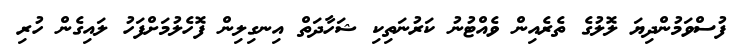
ފުސްވަމުންދިޔަ ލޮލުގެ ތެރެއިން ވެއްޓުނު ކަރުނަތިކި ޝަހާދަތް އިނގިލިން ފޮހެލުމަށްފަހު ލައިގެން ހުރި